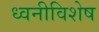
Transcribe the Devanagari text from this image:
ध्वनीविशेष